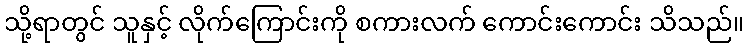
သို့ရာတွင် သူနှင့် လိုက်ကြောင်းကို စကားလက် ကောင်းကောင်း သိသည်။